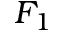
F _ { 1 }